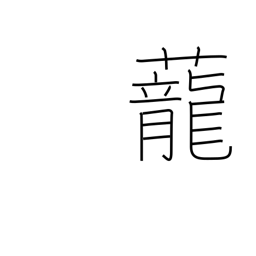
Meaning: dragon grass